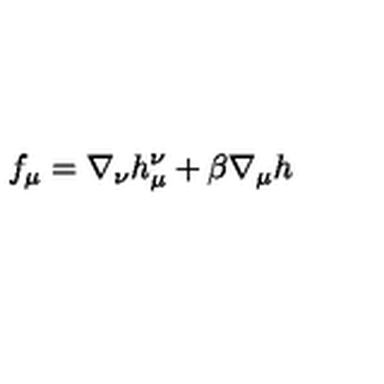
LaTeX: f _ { \mu } = \nabla _ { \nu } h _ { \mu } ^ { \nu } + \beta \nabla _ { \mu } h